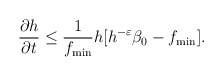
\begin{align*}\frac{\partial h}{\partial t}\leq \frac{1}{f_{\min}}h[h^{-\varepsilon}\beta_{0}-f_{\min}].\end{align*}